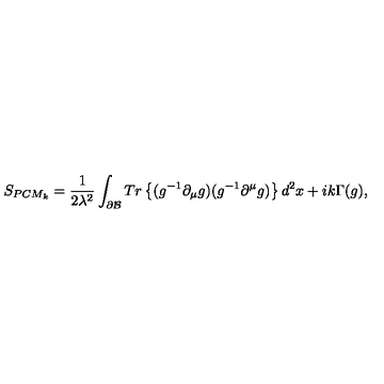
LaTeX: S _ { P C M _ { k } } = \frac { 1 } { 2 \lambda ^ { 2 } } \int _ { \partial { \cal B } } T r \left\{ ( g ^ { - 1 } \partial _ { \mu } g ) ( g ^ { - 1 } \partial ^ { \mu } g ) \right\} d ^ { 2 } x + i k \Gamma ( g ) ,